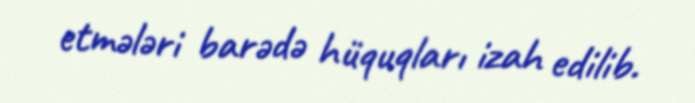
etmələri barədə hüquqları izah edilib.